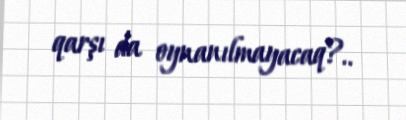
qarşı da oynanılmayacaq?..